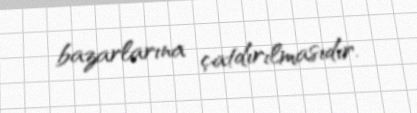
bazarlarına çatdırılmasıdır.